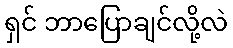
ရှင် ဘာပြောချင်လို့လဲ